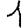
Digit: 1